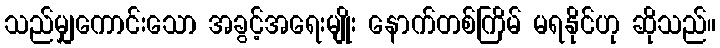
သည်မျှကောင်းသော အခွင့်အရေးမျိုး နောက်တစ်ကြိမ် မရနိုင်ဟု ဆိုသည်။